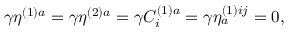
\gamma \eta ^ { ( 1 ) a } = \gamma \eta ^ { ( 2 ) a } = \gamma C _ { i } ^ { ( 1 ) a } = \gamma \eta _ { a } ^ { ( 1 ) i j } = 0 ,